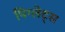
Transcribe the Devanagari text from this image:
पिग्लेट्स